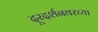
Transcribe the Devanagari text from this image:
दूरदर्शनवरच्या